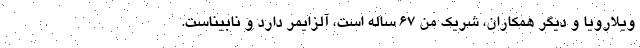
ویلارویا و دیگر همکاران، شریک من 67 ساله است، آلزایمر دارد و نابیناست.